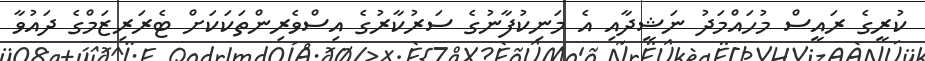
ކުރީގެ ރައީސް މުހައްމަދު ނަޝީދާއި އެ މަނިކުފާނުގެ ސަރުކާރުގެ އިސްވެރިންތަކަކަށް ޓެރަރިޒަމްގެ ދައުވާ